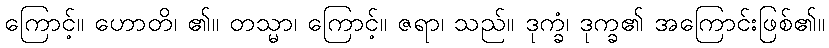
ကြောင့်။ ဟောတိ၊ ၏။ တသ္မာ၊ ကြောင့်။ ဇရာ၊ သည်။ ဒုက္ခံ၊ ဒုက္ခ၏ အကြောင်းဖြစ်၏။